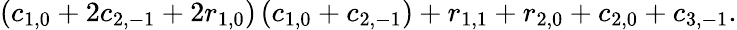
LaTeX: \left(c_{1,0}+2c_{2,-1}+2r_{1,0}\right)\left(c_{1,0}+c_{2,-1}\right)+r_{1,1}+r_{2,0}+c_{2,0}+c_{3,-1}.